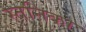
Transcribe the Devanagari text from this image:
स्तनिका